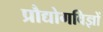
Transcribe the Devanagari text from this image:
प्रौद्योगविज्ञों